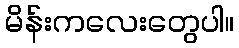
မိန်းကလေးတွေပါ။